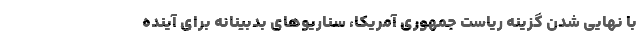
با نهایی شدن گزینه ریاست جمهوری آمریکا، سناریوهای بدبینانه برای آینده